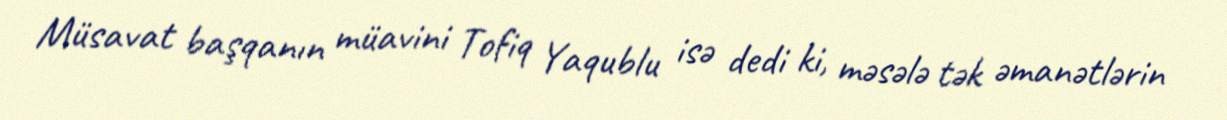
Müsavat başqanın müavini Tofiq Yaqublu isə dedi ki, məsələ tək əmanətlərin